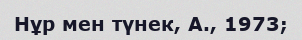
Нұр мен түнек, А., 1973;